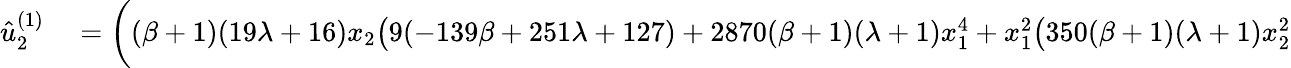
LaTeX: \begin{array}{rl}{\hat{u}_{2}^{(1)}}&{{}=\bigg((\beta+1)(19\lambda+16)x_{2}\big(9(-139\beta+251\lambda+127)+2870(\beta+1)(\lambda+1)x_{1}^{4}+x_{1}^{2}\big(350(\beta+1)(\lambda+1)x_{2}^{2}}\end{array}